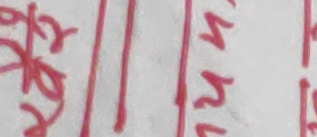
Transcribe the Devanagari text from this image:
श्री॥५५